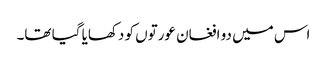
اس میں دو افغان عورتوں کو دکھایا گیا تھا۔